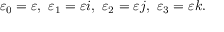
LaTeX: \varepsilon _ { 0 } = \varepsilon , \ \varepsilon _ { 1 } = \varepsilon i , \ \varepsilon _ { 2 } = \varepsilon j , \ \varepsilon _ { 3 } = \varepsilon k .